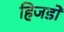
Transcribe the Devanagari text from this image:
हिजडों